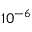
1 0 ^ { - 6 }